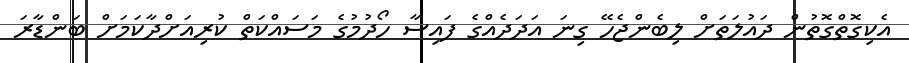
އެކިގޮތްގޮތުން ދައުލަތަށް ލިބެންޖެހޭ ގިނަ އަދަދެއްގެ ފައިސާ ހޯދުމުގެ މަސައްކަތް ކުރިއަށްދާކަމަށް ބަންޑާރަ